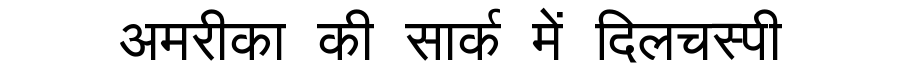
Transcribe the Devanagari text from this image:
अमरीका की सार्क में दिलचस्पी